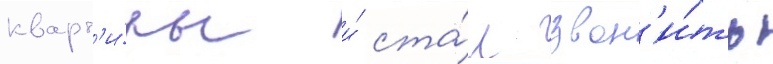
кварт'и́ры и́ ста́л звон'и́ть